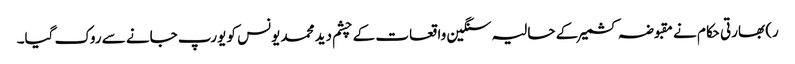
ر) بھارتی حکام نے مقبوضہ کشمیرکے حالیہ سنگین واقعات کے چشم دید محمد یونس کو یورپ جانے سے روک گیا۔